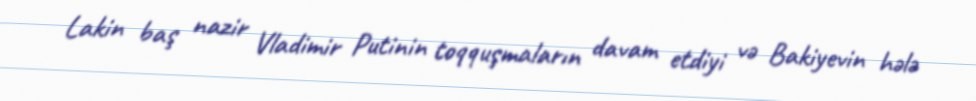
Lakin baş nazir Vladimir Putinin toqquşmaların davam etdiyi və Bakiyevin hələ